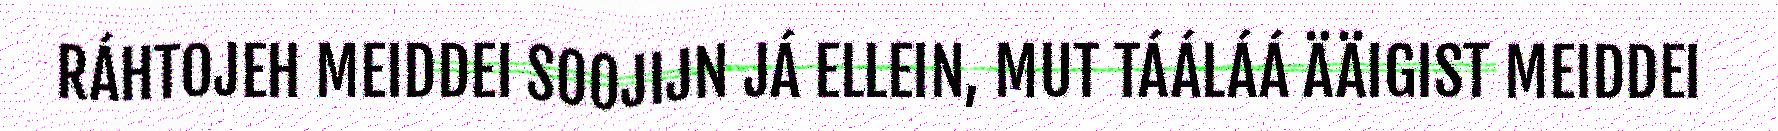
RÁHTOJEH MEIDDEI SOOJIJN JÁ ELLEIN, MUT TÁÁLÁÁ ÄÄIGIST MEIDDEI